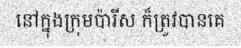
នៅក្នុងក្រុមប៉ារីស ក៏ត្រូវបានគេ